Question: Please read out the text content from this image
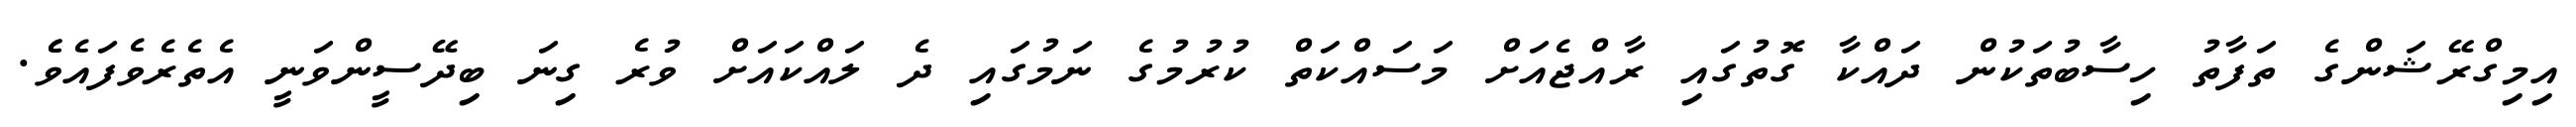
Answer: އިމިގްރޭޝަންގެ ތަފާތު ހިސާބުތަކުން ދައްކާ ގޮތުގައި ރާއްޖެއަށް މަސައްކަތް ކުރުމުގެ ނަމުގައި ދެ ލައްކައަށް ވުރެ ގިނަ ބިދޭސީންވަނީ އެތެރެވެފައެވެެ.